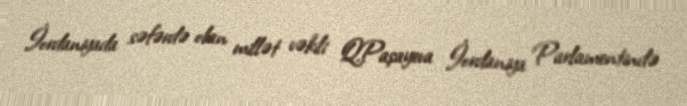
İordaniyada səfərdə olan millət vəkili Q.Paşayeva İordaniya Parlamentində